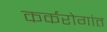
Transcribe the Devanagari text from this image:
कर्करोगांत